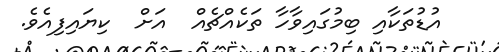
އުޑުތަކާއި ބިމުގައިވާހާ ތަކެއްޗެއް  އަށް  ކިޔައިފިއެވެ.